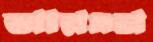
আরএন